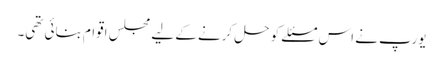
یورپ نے اس مسئلے کو حل کرنے کے لیے مجلس اقوام بنائی تھی۔